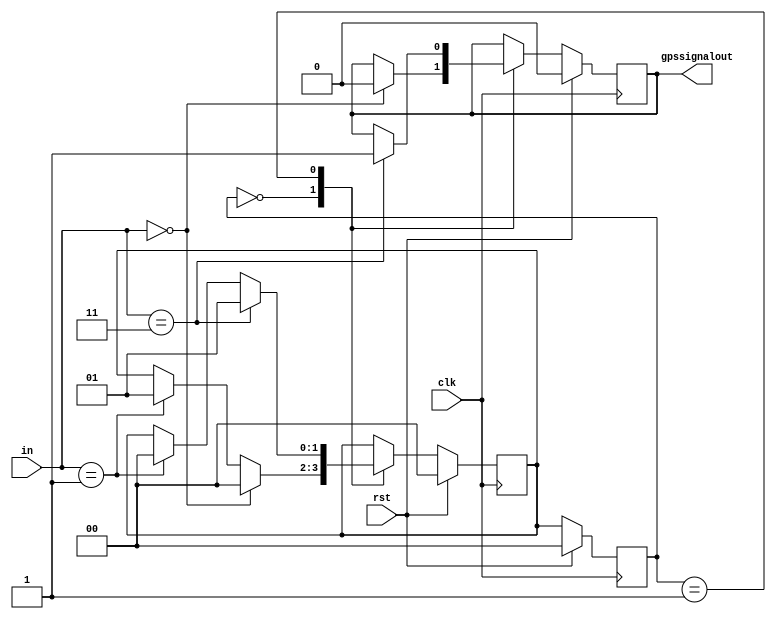
// Module Declaration
module TRACKER (clk, rst, in, gpssignalout);
  input clk, rst;                   // Clock and reset input
  input [1:0] in;                   // 2-bit input
  output reg gpssignalout;          // Output GPS signal

// Parameter Declaration
  parameter beaconstate = 1'b0;      // Parameter for the state 'beconstate'
  parameter gpsstate = 1'b1;        // Parameter for the state 'gpsstate'

// Sequential Logic
  reg [1:0] cst, nst;               // Registers for current and next states

  always @(posedge clk) begin       // Always block triggered on positive clock edge
    if (rst) begin                  // Reset condition
      gpssignalout <= 1'b0;         // Set GPS signal to 0 on reset
      cst <= beaconstate;            // Set current state to 'beconstate'
      nst <= beaconstate;            // Set next state to 'beconstate' on reset
    end else begin
      cst <= nst;                   // Update current state to next state
      case (cst)                    // Case statement based on current state
        beaconstate: if (in == 2'b00) begin  // If current state is 'beconstate'
          nst <= beaconstate;                // Stay in 'beconstate' state
          gpssignalout <= 1'b0;             // Set GPS signal to 0
        end else if (in == 2'b01) begin     // If input is '01'
          nst <= gpsstate;                  // Move to 'gpsstate'
        end
        gpsstate: if (in == 2'b11) begin    // If current state is 'gpsstate'
          nst <= gpsstate;                  // Stay in 'gpsstate'
          gpssignalout <= 1'b1;             // Set GPS signal to 1
        end else if (in == 2'b01) begin     // If input is '01'
          nst <= beaconstate;                // Move back to 'beconstate'
        end
      endcase                            // End of case statement
    end                                 // End of else block
  end                                   // End of always block
endmodule                              // End of module